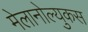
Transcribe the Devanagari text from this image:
मेलानोल्युकस